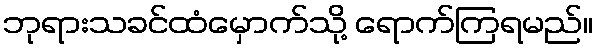
ဘုရားသခင်ထံမှောက်သို့ ရောက်ကြရမည်။